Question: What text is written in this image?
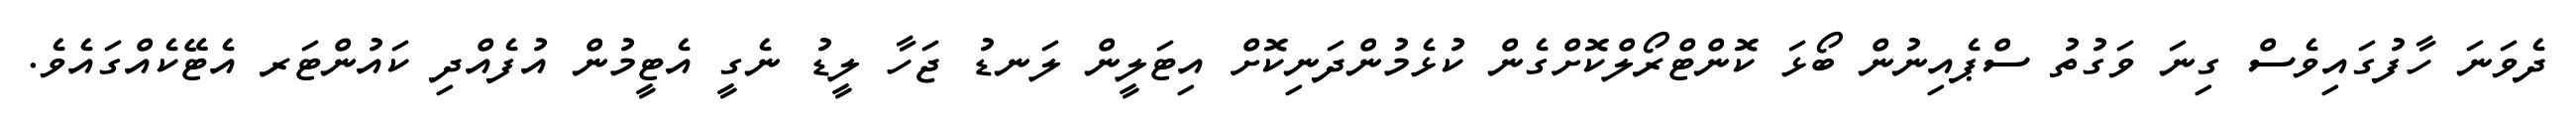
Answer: ދެވަނަ ހާފުގައިވެސް ގިނަ ވަގުތު ސްޕެއިނުން ބޯޅަ ކޮންޓްރޯލްކޮށްގެން ކުޅެމުންދަނިކޮށް އިޓަލީން ލަނޑު ޖަހާ ލީޑު ނެގީ އެޓީމުން އުފެއްދި ކައުންޓަރ އެޓޭކެއްގައެވެ.